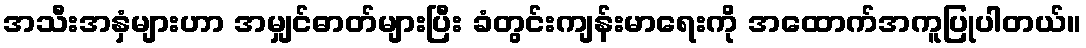
အသီးအနှံများဟာ အမျှင်ဓာတ်များပြီး ခံတွင်းကျန်းမာရေးကို အထောက်အကူပြုပါတယ်။